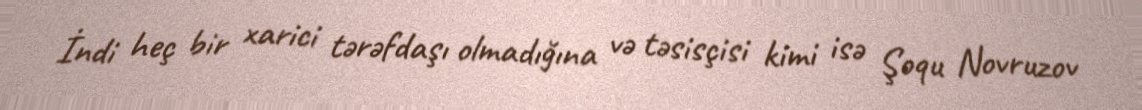
İndi heç bir xarici tərəfdaşı olmadığına və təsisçisi kimi isə Şoqu Novruzov